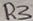
Text: R3